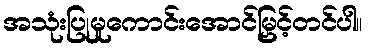
အသုံးပြုမှုကောင်းအောင်မြှင့်တင်ပါ။